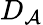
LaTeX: D_{\mathcal{A}}